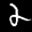
Label: 2